Annual administration report of the Civil Veterinary Department of India - 1899-1900
Year: 1899
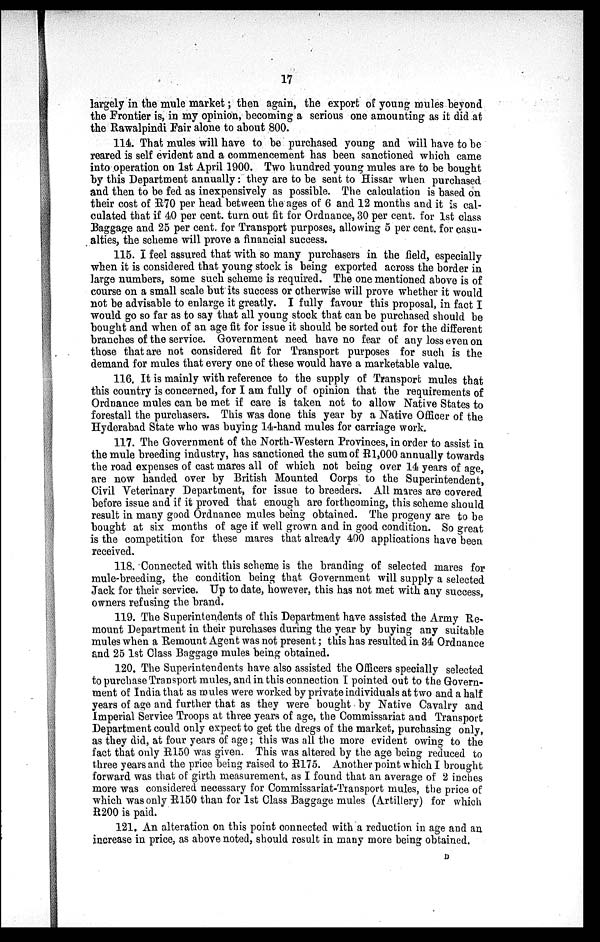
17
largely in the mule market; then again, the export of young mules beyond
the Frontier is, in my opinion, becoming a serious one amounting as it did at
the Rawalpindi Fair alone to about 800.
114. That mules will have to be purchased young and will have to be
reared is self evident and a commencement has been sanctioned which came
into operation on 1st April 1900. Two hundred young mules are to be bought
by this Department annually: they are to be sent to Hissar when purchased
and then to be fed as inexpensively as possible. The calculation is based on
their cost of R70 per head between the ages of 6 and 12 months and it is cal-
culated that if 40 per cent. turn out fit for Ordnance, 30 per cent. for 1st class
Baggage and 25 per cent. for Transport purposes, allowing 5 per cent. for casu-
alties, the scheme will prove a financial success.
115. I feel assured that with so many purchasers in the field, especially
when it is considered that young stock is being exported across the border in
large numbers, some such scheme is required. The one mentioned above is of
course on a small scale but its success or otherwise will prove whether it would
not be advisable to enlarge it greatly. I fully favour this proposal, in fact I
would go so far as to say that all young stock that can be purchased should be
bought and when of an age fit for issue it should be sorted out for the different
branches of the service. Government need have no fear of any loss even on
those that are not considered fit for Transport purposes for such is the
demand for mules that every one of these would have a marketable value.
116. It is mainly with reference to the supply of Transport mules that
this country is concerned, for I am fully of opinion that the requirements of
Ordnance mules can be met if care is taken not to allow Native States to
forestall the purchasers. This was done this year by a Native Officer of the
Hyderabad State who was buying 14-hand mules for carriage work.
117. The Government of the North-Western Provinces, in order to assist in
the mule breeding industry, has sanctioned the sum of R1,000 annually towards
the road expenses of cast mares all of which not being over 14 years of age,
are now handed over by British Mounted Corps to the Superintendent,
Civil Veterinary Department, for issue to breeders. All mares are covered
before issue and if it proved that enough are forthcoming, this scheme should
result in many good Ordnance mules being obtained. The progeny are to be
bought at six months of age if well grown and in good condition. So great
is the competition for these mares that already 400 applications have been
received.
118. Connected with this scheme is the branding of selected mares for
mule-breeding, the condition being that Government will supply a selected
Jack for their service. Up to date, however, this has not met with any success,
owners refusing the brand.
119. The Superintendents of this Department have assisted the Army Re-
mount Department in their purchases during the year by buying any suitable
mules when a Remount Agent was not present; this has resulted in 34 Ordnance
and 25 1st Class Baggage mules being obtained.
120. The Superintendents have also assisted the Officers specially selected
to purchase Transport mules, and in this connection I pointed out to the Govern-
ment of India that as mules were worked by private individuals at two and a half
years of age and further that as they were bought by Native Cavalry and
Imperial Service Troops at three years of age, the Commissariat and Transport
Department could only expect to get the dregs of the market, purchasing only,
as they did, at four years of age; this was all the more evident owing to the
fact that only R150 was given. This was altered by the age being reduced to
three years and the price being raised to R175. Another point which I brought
forward was that of girth measurement, as I found that an average of 2 inches
more was considered necessary for Commissariat-Transport mules, the price of
which was only R150 than for 1st Class Baggage mules (Artillery) for which
R200 is paid.
121. An alteration on this point connected with a reduction in age and an
increase in price, as above noted, should result in many more being obtained.
D